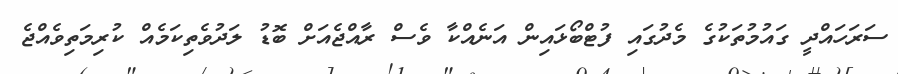
ސަރަހައްދީ ގައުމުތަކުގެ މެދުގައި ފުޓްބޯޅައިން އަނެއްކާ ވެސް ރާއްޖެއަށް ބޮޑު ލަދުވެތިކަމެއް ކުރިމަތިވެއްޖެ